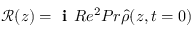
\mathscr { R } ( z ) = \textbf { i } R e ^ { 2 } P r \hat { \rho } ( z , t = 0 )